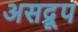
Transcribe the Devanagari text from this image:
असद्रूप